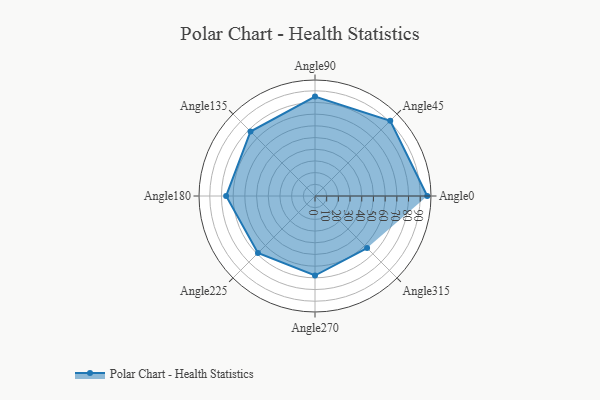
{"axis": {"x": "Angle", "y": "Radius"}, "legend": [""], "data": [{"x": "Angle0", "y": 96.0, "type": ""}, {"x": "Angle45", "y": 91.0, "type": ""}, {"x": "Angle90", "y": 85.0, "type": ""}, {"x": "Angle135", "y": 78.0, "type": ""}, {"x": "Angle180", "y": 76.0, "type": ""}, {"x": "Angle225", "y": 69.0, "type": ""}, {"x": "Angle270", "y": 68.0, "type": ""}, {"x": "Angle315", "y": 63.0, "type": ""}]}